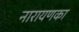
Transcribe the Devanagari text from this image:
नारायणका